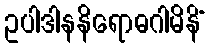
ဥပါဒါနနိရောဓဂါမိနိံ